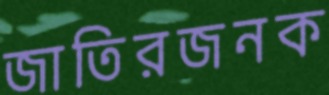
জাতিরজনক